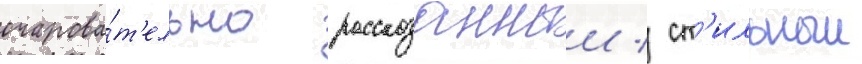
очарова́т'ельно рассказанныи / ст'ильныи